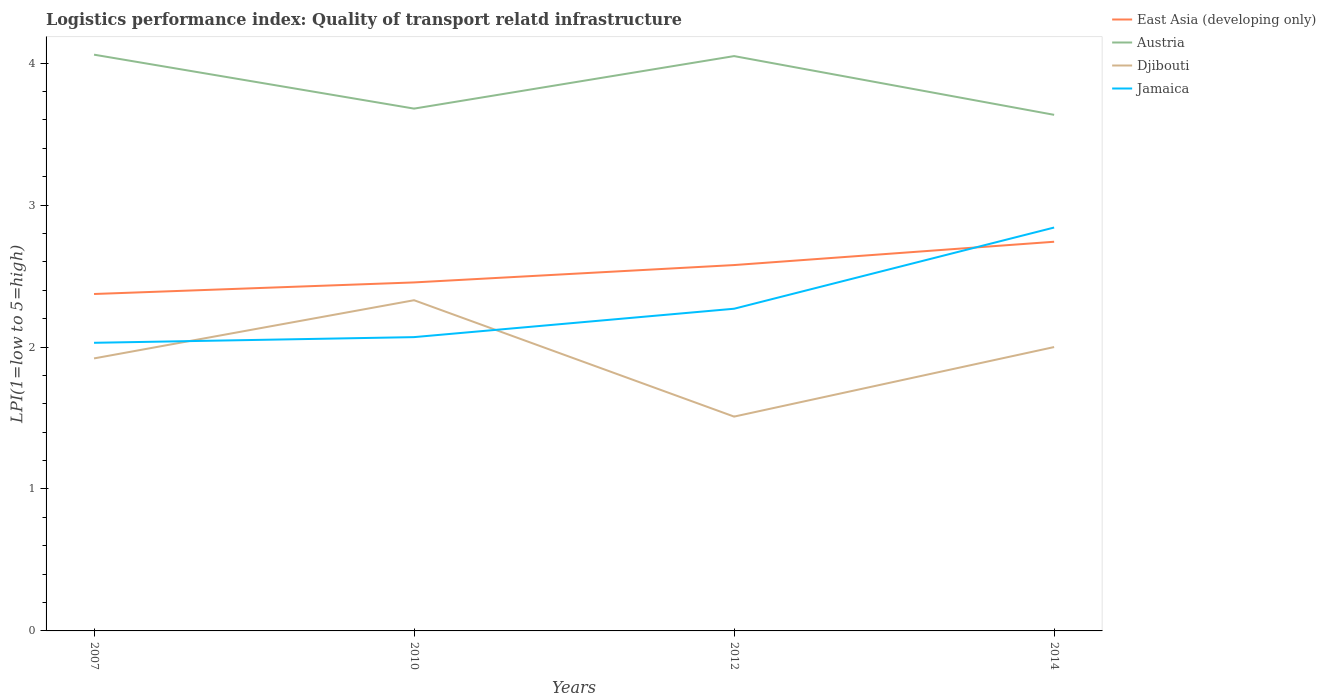
| Years | East Asia (developing only) | Austria | Djibouti | Jamaica |
 | --- | --- | --- | --- | --- |
 | 2007 | 2.37 | 4.06 | 1.92 | 2.03 |
 | 2010 | 2.46 | 3.68 | 2.33 | 2.07 |
 | 2012 | 2.58 | 4.05 | 1.51 | 2.27 |
 | 2014 | 2.74 | 3.64 | 2 | 2.84 |